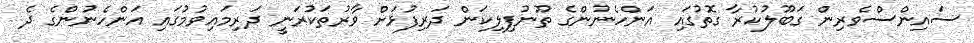
ސައިންސްވެރިން ގަބޫލުކުރާ ގޮތުގައި އަންހެނުންގެ ތޫނުފިލިކަން ދަރިފުޅަށް ވާރުތަކުރަނީ ދަރިމައިވުމުގައި އަންހެނުންގެ ދެ